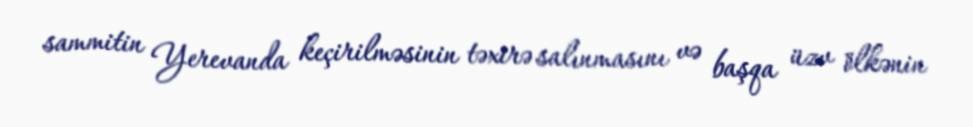
sammitin Yerevanda keçirilməsinin təxirə salınmasını və başqa üzv ölkənin